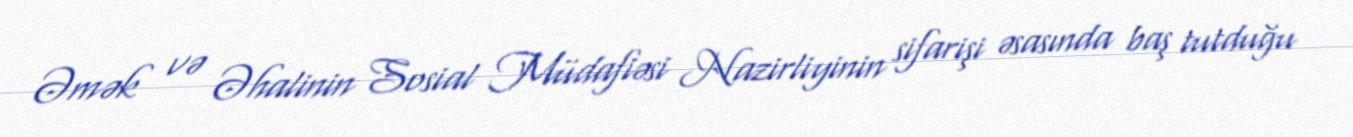
Əmək və Əhalinin Sosial Müdafiəsi Nazirliyinin sifarişi əsasında baş tutduğu